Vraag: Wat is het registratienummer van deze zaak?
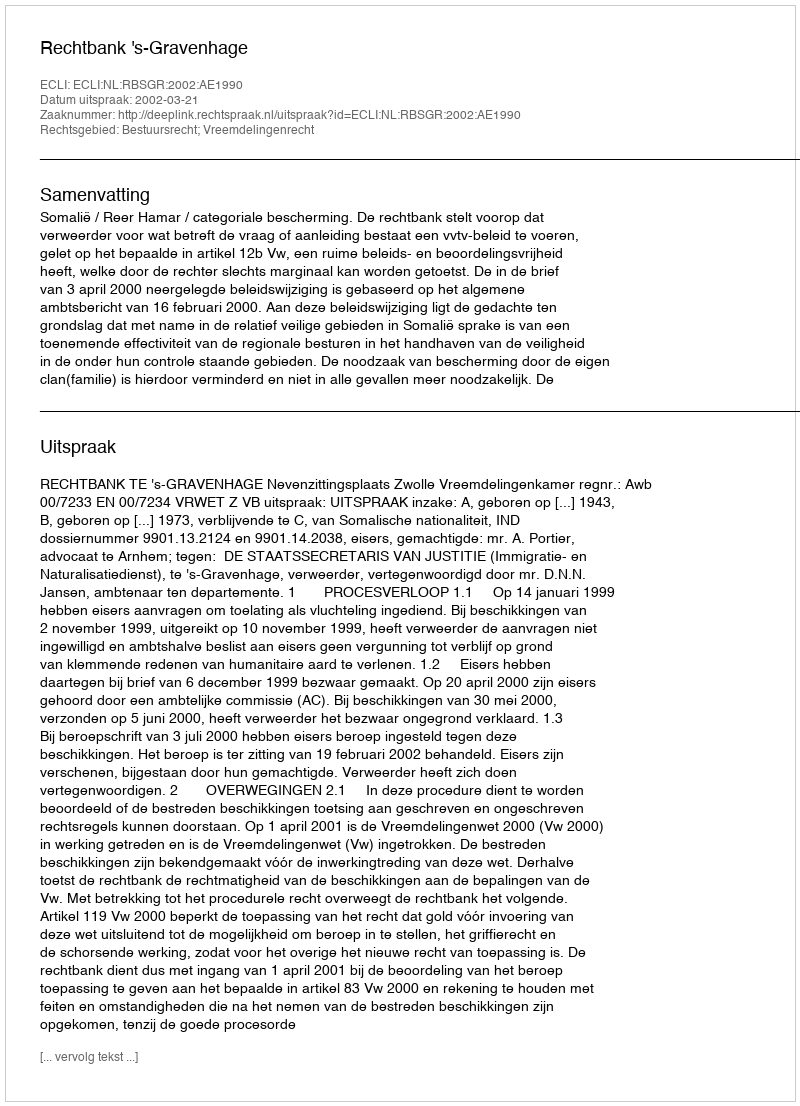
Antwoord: http://deeplink.rechtspraak.nl/uitspraak?id=ECLI:NL:RBSGR:2002:AE1990